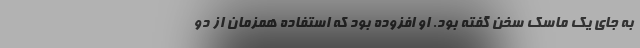
به جای یک ماسک سخن گفته بود. او افزوده بود که استفاده همزمان از دو